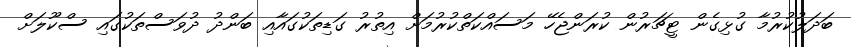
ބަދަލުކުރުމާ ގުޅިގެން ޓީޗަރުން ކުރަންޖެހޭ މަސައްކަތްކުރުމަށް އިތުރު ގަޑިތަކުގައާއި ބަންދު ދުވަސްތަކުގައި ސްކޫލަށް